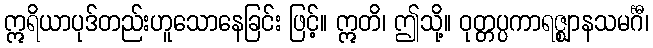
ဣရိယာပုဒ်တည်းဟူသောနေခြင်း ဖြင့်။ ဣတိ၊ ဤသို့။ ဝုတ္တပ္ပကာရဇ္ဈာနသမင်္ဂီ၊